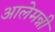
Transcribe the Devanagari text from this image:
आलेमन्नी